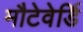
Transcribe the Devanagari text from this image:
मौटेवेर्डि